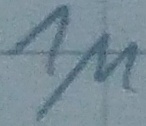
Text: 1µ